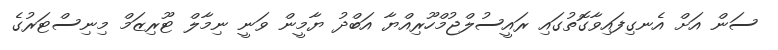
ސަން އަށް އެނގިފައިވާގޮތުގައި ރައީސުލްޖުމްހޫރިއްޔާ އަބްދު ޔާމީން ވަނީ ނިމާލް ޓޫރިޒަމް މިނިސްޓަރުގެ